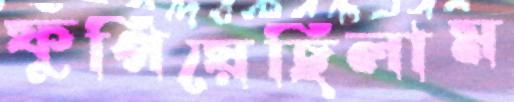
ফুঁপিয়েছিলাম